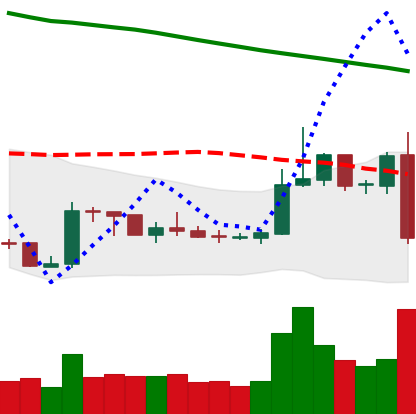
Ticker: XRP-USD
Chart end date: 2019-02-24
Forward return: 5.264%
Label: up_5_7